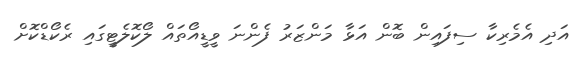
އަދި އެމެރިކާ ސިފައިން ބޮން އަޅާ މަންޒަރު ފެންނަ ވީޑީއޯތައް ލޯކޮލެޓީގައި ރެކޯޑްކޮށް